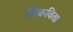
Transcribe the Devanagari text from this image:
शिकविता